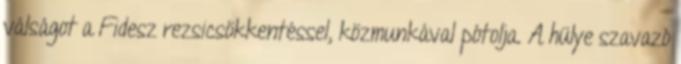
válságot a Fidesz rezsicsökkentéssel, közmunkával pótolja. A hülye szavazó